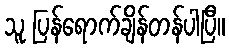
သူ ပြန်ရောက်ချိန်တန်ပါပြီ။